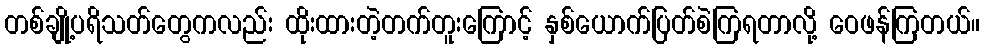
တစ်ချို့ပရိသတ်တွေကလည်း ထိုးထားတဲ့တက်တူးကြောင့် နှစ်ယောက်ပြတ်စဲကြရတာလို့ ဝေဖန်ကြတယ်။